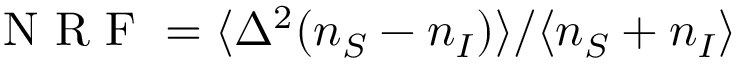
\mathrm { ~ N ~ R ~ F ~ } = \langle \Delta ^ { 2 } ( n _ { S } - n _ { I } ) \rangle / \langle n _ { S } + n _ { I } \rangle